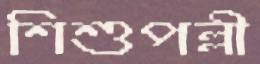
শিশুপল্লী